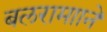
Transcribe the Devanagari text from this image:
बलरामााने